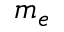
m _ { e }